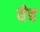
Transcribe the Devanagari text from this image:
येच